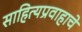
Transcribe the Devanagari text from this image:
साहित्यप्रवाहाचे